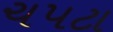
ચપટા